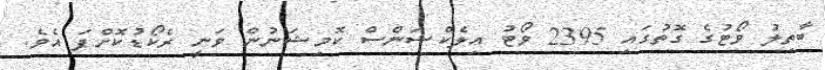
ބާތިލު ވޯޓުގެ ގޮތުގައި 2395 ވޯޓު އިލެކްޝަންސް ކޮމިޝަނުން ވަނީ ރެކޯޑުކޮށްފަ އެވެ.